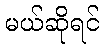
မယ်ဆိုရင်